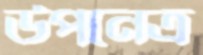
উপনেত্র